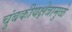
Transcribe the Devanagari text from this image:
चुंबकीयक्षेत्रामुळे